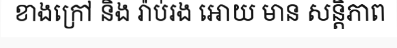
ខាងក្រៅ និង រ៉ាប់រង អោយ មាន សន្តិភាព